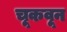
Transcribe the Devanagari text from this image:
चूकवून